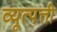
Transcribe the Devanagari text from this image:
व्यूत्पत्ती